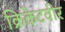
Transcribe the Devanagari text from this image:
क्रिकेटवीर